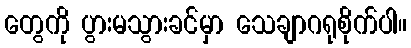
တွေကို ပွားမသွားခင်မှာ သေချာဂရုစိုက်ပါ။